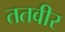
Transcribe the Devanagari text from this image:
ततवीर